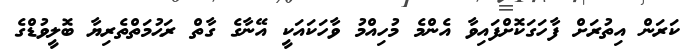
ކަރަން އިތުރަށް ފާހަގަކޮށްފައިވާ އެންމެ މުހިއްމު ވާހަކައަކީ އޭނާގެ ގާތް ރަޙުމަތްތެރިޔާ ބޮލީވުޑްގެ